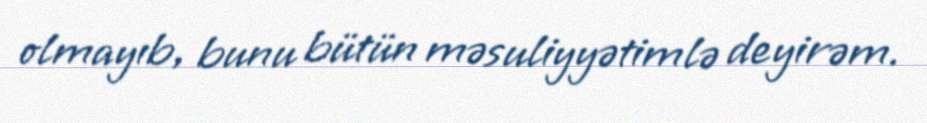
olmayıb, bunu bütün məsuliyyətimlə deyirəm.